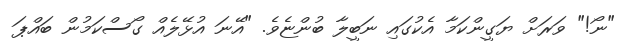
"ނޯ!" ވަރަށް ޔަގީންކަމާ އެކުގައި ނަބީލާ ބުންޏެވެ. "އޭނަ އުޅޭލެއް ގޯސްކަމުން ބައްޕަ